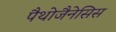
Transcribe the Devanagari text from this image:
पैथोजैनेसिस